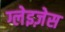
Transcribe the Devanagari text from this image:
ग्लेइज़ेस